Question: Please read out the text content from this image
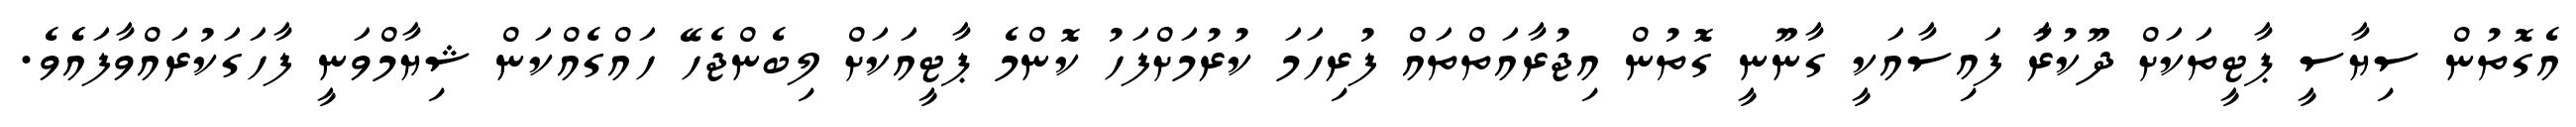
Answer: އެގޮތުން ސިޔާސީ ޕާޓީތަކަށް ދޫކުރުާ ފައިސާއަކީ ގާނޫނީ ގޮތުން އިޖުރާއަތްތައް ފުރިހަމަ ކުރުމަށްފަހު ކޮންމެ ޕާޓީއަކަށް ލިބެންޖެހޭ ހައްގެއްކަން ޝިޔާމްވަނީ ފާހަގަކުރައްވާފައެެވެ.